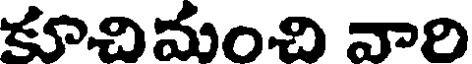
కూచిమంచి వారి